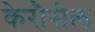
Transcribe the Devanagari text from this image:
केरौसेल